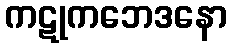
ကဋုကဘေဒနော